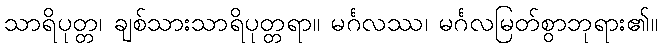
သာရိပုတ္တ၊ ချစ်သားသာရိပုတ္တရာ။ မင်္ဂလဿ၊ မင်္ဂလမြတ်စွာဘုရား၏။